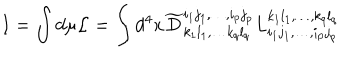
LaTeX: I = \int d \mu { \cal L } = \int d ^ { 4 } x \widetilde { D } _ { k _ { 1 } l _ { 1 } , \ldots k _ { q } l _ { q } } ^ { i _ { 1 } j _ { 1 } , \ldots , i _ { p } j _ { p } } L _ { i _ { 1 } j _ { 1 } , \ldots , i _ { p } j _ { p } } ^ { k _ { 1 } l _ { 1 } , \ldots , k _ { q } l _ { q } }